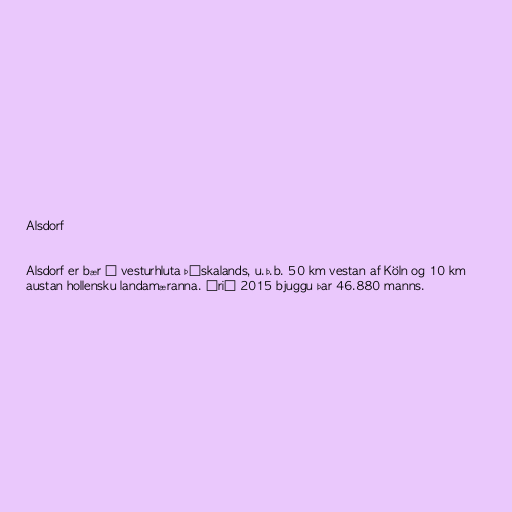
Alsdorf

Alsdorf er bær í vesturhluta Þýskalands, u.þ.b. 50 km vestan af Köln og 10 km
austan hollensku landamæranna. Árið 2015 bjuggu þar 46.880 manns.